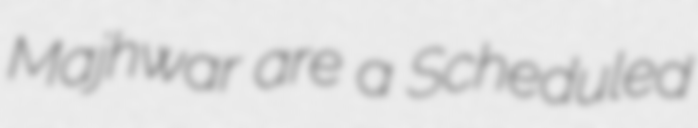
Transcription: Majhwar are a Scheduled